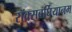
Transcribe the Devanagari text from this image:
रॉक्सबर्घियानम